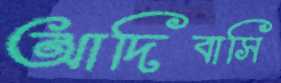
আদিবাসি